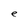
Character: e